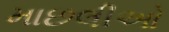
માછલીઓ